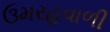
ઉમરહવાળી